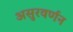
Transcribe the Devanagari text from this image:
असुरवर्णन